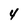
Character: 4